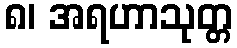
၈၊ အရဟာသုတ္တ